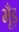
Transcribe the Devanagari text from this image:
भूँड़